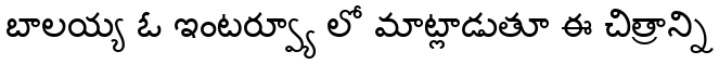
బాలయ్య ఓ ఇంటర్వ్యూ లో మాట్లాడుతూ ఈ చిత్రాన్ని